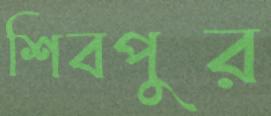
শিবপুর